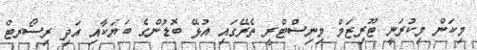
މިކަން މިކުރަނީ ޓޫރިޒަމް މިނިސްޓްރީ ތެރޭގައި އުޅޭ ބޮޑުންގެ ބަޔަކާއި އަދި ރިސޯރޓް